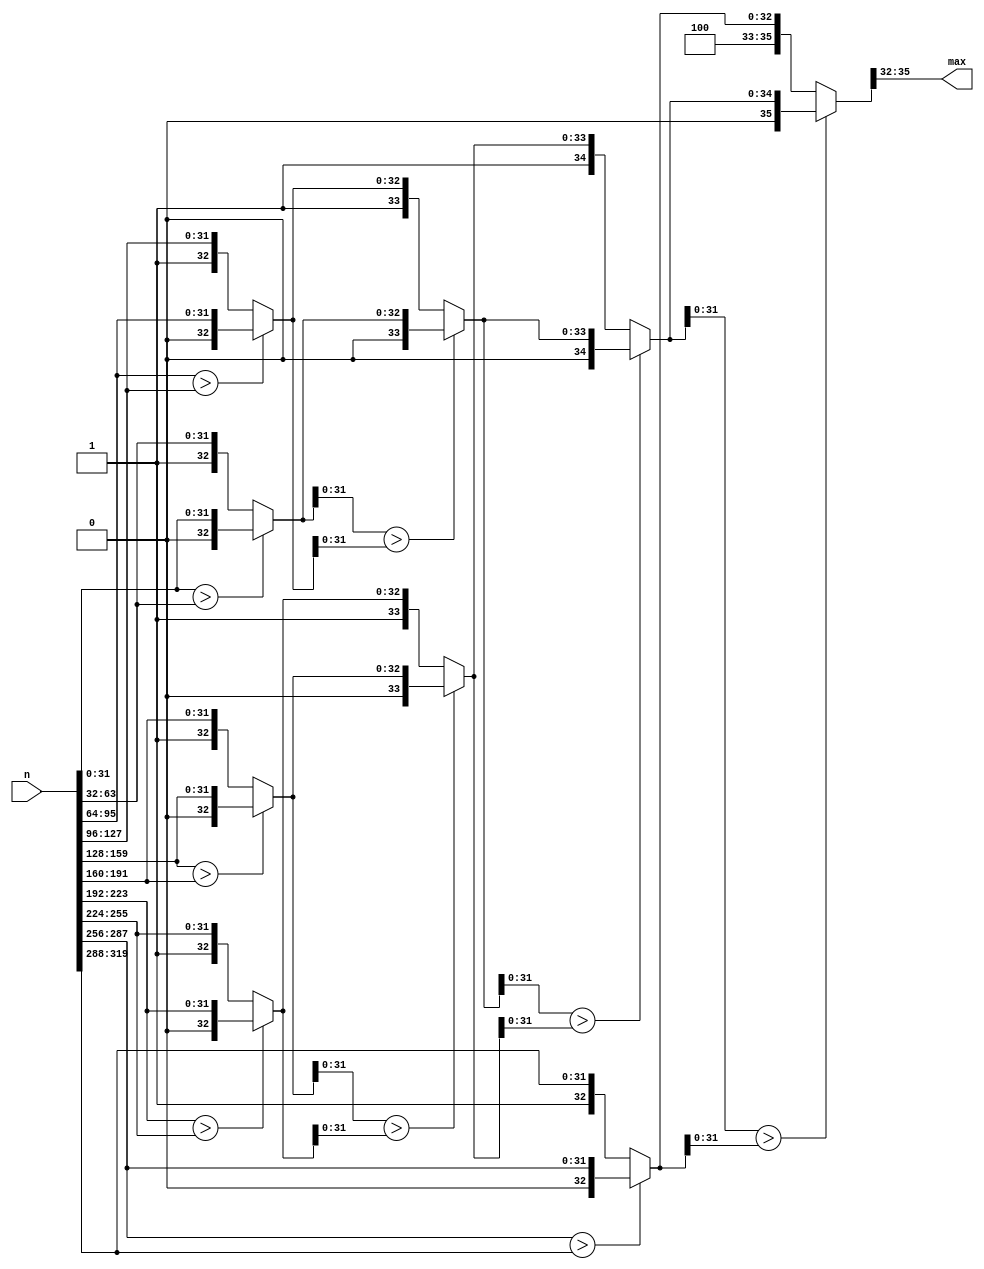
module FindMax(n,max);

parameter DATA_WIDTH = 320;

input [DATA_WIDTH-1:0]n;
output [3:0]max;

wire [35:0] n1;
wire [35:0] n2;
wire [35:0] n3;
wire [35:0] n4;
wire [35:0] n5;
wire [35:0] n6;
wire [35:0] n7;
wire [35:0] n8;
wire [35:0] n9;
wire [35:0] n10;

assign n1[35:32] = 4'b0000;
assign n2[35:32] = 4'b0001;
assign n3[35:32] = 4'b0010;
assign n4[35:32] = 4'b0011;
assign n5[35:32] = 4'b0100;
assign n6[35:32] = 4'b0101;
assign n7[35:32] = 4'b0110;
assign n8[35:32] = 4'b0111;
assign n9[35:32] = 4'b1000;
assign n10[35:32] = 4'b1001;

assign n1[31:0] = n[31:0];
assign n2[31:0] = n[63:32];
assign n3[31:0] = n[95:64];
assign n4[31:0] = n[127:96];
assign n5[31:0] = n[159:128];
assign n6[31:0] = n[191:160];
assign n7[31:0] = n[223:192];
assign n8[31:0] = n[255:224];
assign n9[31:0] = n[287:256];
assign n10[31:0] = n[319:288];

wire [35:0]max12;
wire [35:0]max34;
wire [35:0]max56;
wire [35:0]max78;
wire [35:0]max90;
//
wire [35:0]max14;
wire [35:0]max58;
//
wire [35:0]max18;
//
wire [35:0]max10;


assign max12=(n1[31:0]>n2[31:0])?n1:n2;
assign max34=(n3[31:0]>n4[31:0])?n3:n4;
assign max56=(n5[31:0]>n6[31:0])?n5:n6;
assign max78=(n7[31:0]>n8[31:0])?n7:n8;
assign max90=(n9[31:0]>n10[31:0])?n9:n10;

assign max14=(max12[31:0]>max34[31:0])?max12:max34;
assign max58=(max56[31:0]>max78[31:0])?max56:max78;

assign max18=(max14[31:0]>max58[31:0])?max14:max58;

assign max10=(max18[31:0]>max90[31:0])?max18:max90;

assign max = max10[35:32];
endmodule